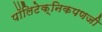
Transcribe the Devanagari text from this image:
पॉलिटेक्निकपणजी